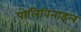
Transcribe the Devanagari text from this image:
पोलिविनाइल